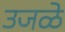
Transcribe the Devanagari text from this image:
उजळे